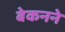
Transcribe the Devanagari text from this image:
बेकनने